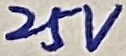
Text: 25V